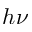
h \nu